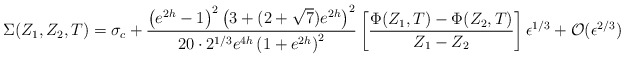
\begin{align*}\Sigma(Z_1,Z_2,T) =\sigma_c + {\left(e^{2h}-1\right)^2 \left(3+(2+\sqrt{7})e^{2h}\right)^2\over 20\cdot 2^{1/3} e^{4h} \left(1+e^{2h}\right)^2} \left[{{\Phi(Z_1,T)-\Phi(Z_2,T)}\over {Z_1 - Z_2}}\right] \epsilon^{1/3} + {\cal O}(\epsilon^{2/3})\end{align*}